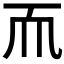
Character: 𬻃